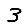
Digit: 3